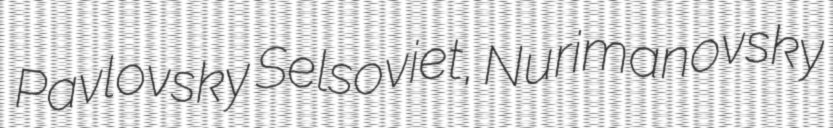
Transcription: Pavlovsky Selsoviet, Nurimanovsky